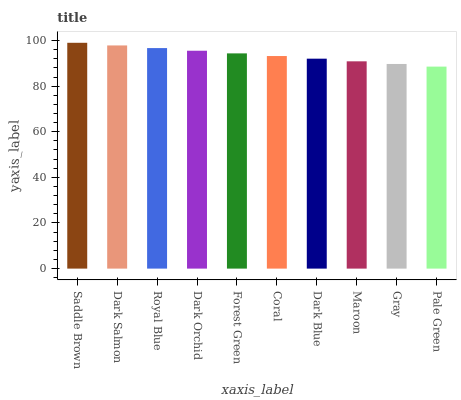
| xaxis_label | bars |
 | --- | --- |
 | Saddle Brown | 99 |
 | Dark Salmon | 97.8 |
 | Royal Blue | 96.7 |
 | Dark Orchid | 95.5 |
 | Forest Green | 94.4 |
 | Coral | 93.2 |
 | Dark Blue | 92 |
 | Maroon | 90.9 |
 | Gray | 89.7 |
 | Pale Green | 88.6 |